Rangoon Lunatic Asylum 1878-1892 - 1878-1892
Year: 1878
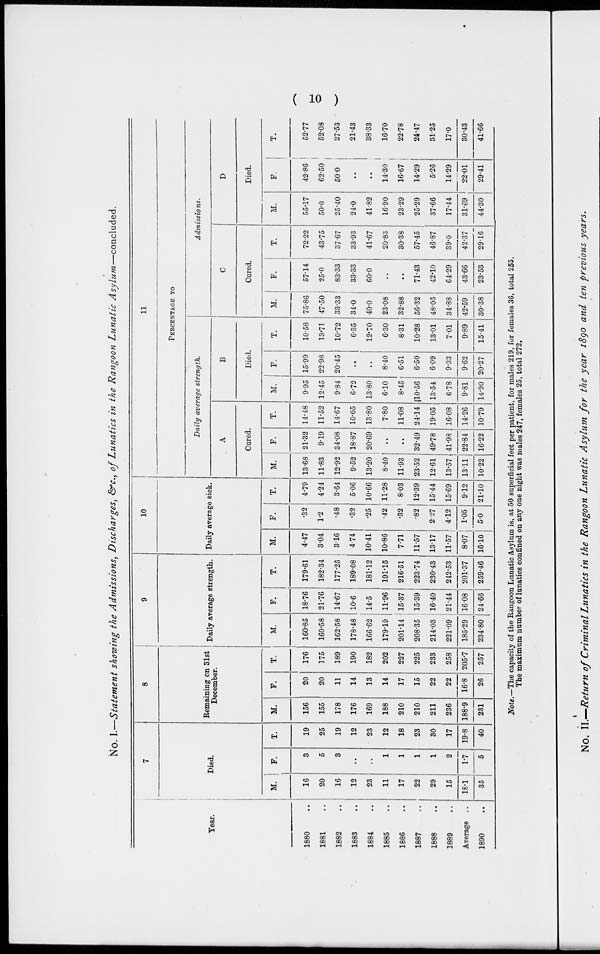
10
No. I.—Statement showing the Admissions, Discharges, &c., of Lunatics in the Rangoon Lunatic
Asylum—concluded.
Year.
1880 ..
1881 ..
1882 ..
1883 ..
1884 ..
1885 ..
1886 ..
1887 ..
1888 ..
1889 ..
Average ..
1890 ..
7
Died.
M.
16
20
16
12
23
11
17
22
29
15
18.1
35
F.
3
5
3
..
..
1
1
1
1
2
1.7
5
T.
19
25
19
12
23
12
18
23
30
17
19.8
40
8
Remaining on 31st
December.
M.
156
155
178
176
169
188
210
210
211
236
188.9
231
F.
20
20
11
14
13
14
17
15
22
22
16.8
26
T.
176
175
189
190
182
202
227
225
233
258
205.7
257
9
Daily average strength.
M.
160.85
160.58
162.58
178.48
166.62
179.19
201.14
208.35
214.03
221.09
185.29
234.80
F.
18.76
21.76
14.67
10.6
14.5
11.96
15.37
15.39
16.40
21.44
16.08
24.66
T.
179.61
182.34
177.25
189.08
181.12
191.15
216.51
223.74
230.43
242.53
201.37
259.46
10
Daily average sick.
M.
4.47
3.04
3.16
4.74
10.41
10.86
7.71
11.57
13.17
11.57
8.07
16.10
F.
.32
1.2
.48
.32
.25
.42
.32
.82
2.27
4.12
1.05
5.0
T.
4.79
4.24
3.64
5.06
10.66
11.28
8.03
12.39
15.44
15.69
9.12
21.10
11
PERCENTAGE TO
Daily average strength.
A
Cured.
M.
13.68
11.83
12.92
9.52
13.20
8.40
11.93
23.52
12.61
13.57
13.11
10.22
F.
21.32
9.19
34.08
18.87
20.69
..
..
32.49
49.78
41.98
22.84
16.22
T.
14.48
11.52
14.67
10.05
13.80
7.80
11.08
24.14
19.05
16.08
14.26
10.79
B
Died.
M.
9.95
12.45
9.84
6.72
13.80
6.10
8.45
10.56
13.54
6.78
9.81
14.90
F.
15.99
22.98
20.45
..
..
8.40
6.51
6.50
6.09
9.33
9.62
20.27
T.
10.58
13.71
10.72
6.35
12.70
6.30
8.31
10.28
13.01
7.01
9.89
15.41
Admissions.
C
Cured.
M.
75.86
47.50
33.33
34.0
40.0
23.08
32.88
56.32
48.05
34.88
42.59
30.38
F.
57.14
25.0
83.33
33.33
60.0
..
..
71.43
42.10
64.29
43.66
23.53
T.
72.22
43.75
37.67
33.93
41.67
20.83
30.38
57.45
46.87
39.0
42.37
29.16
D
Died.
M.
55.17
50.0
25.40
24.0
41.82
16.90
23.29
25.29
37.66
17.44
31.69
44.30
F.
42.86
62.50
50.0
..
..
14.30
16.67
14.29
5.26
14.29
22.01
29.41
T.
52.77
52.08
27.53
21.43
38.33
16.70
22.78
24.47
31.25
17.0
30.43
41.66
Note.—The capacity of the Rangoon Lunatic Asylum is, at 50 superficial feet per patient, for males 219, for females 36, total 255.
The maximum number of lunatics confined on any one night was males 247, females 25, total 272.